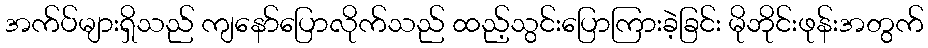
အက်ပ်များရှိသည် ကျနော်ပြောလိုက်သည် ထည့်သွင်းပြောကြားခဲ့ခြင်း မိုဘိုင်းဖုန်းအတွက်